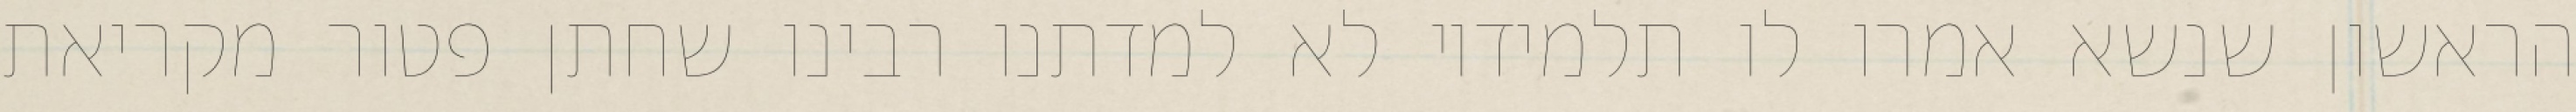
הראשון שנשא אמרו לו תלמידיו לא למדתנו רבינו שחתן פטור מקריאת